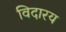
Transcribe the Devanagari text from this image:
विदारय